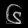
Digit: ၆